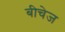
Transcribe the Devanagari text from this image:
बीचेज